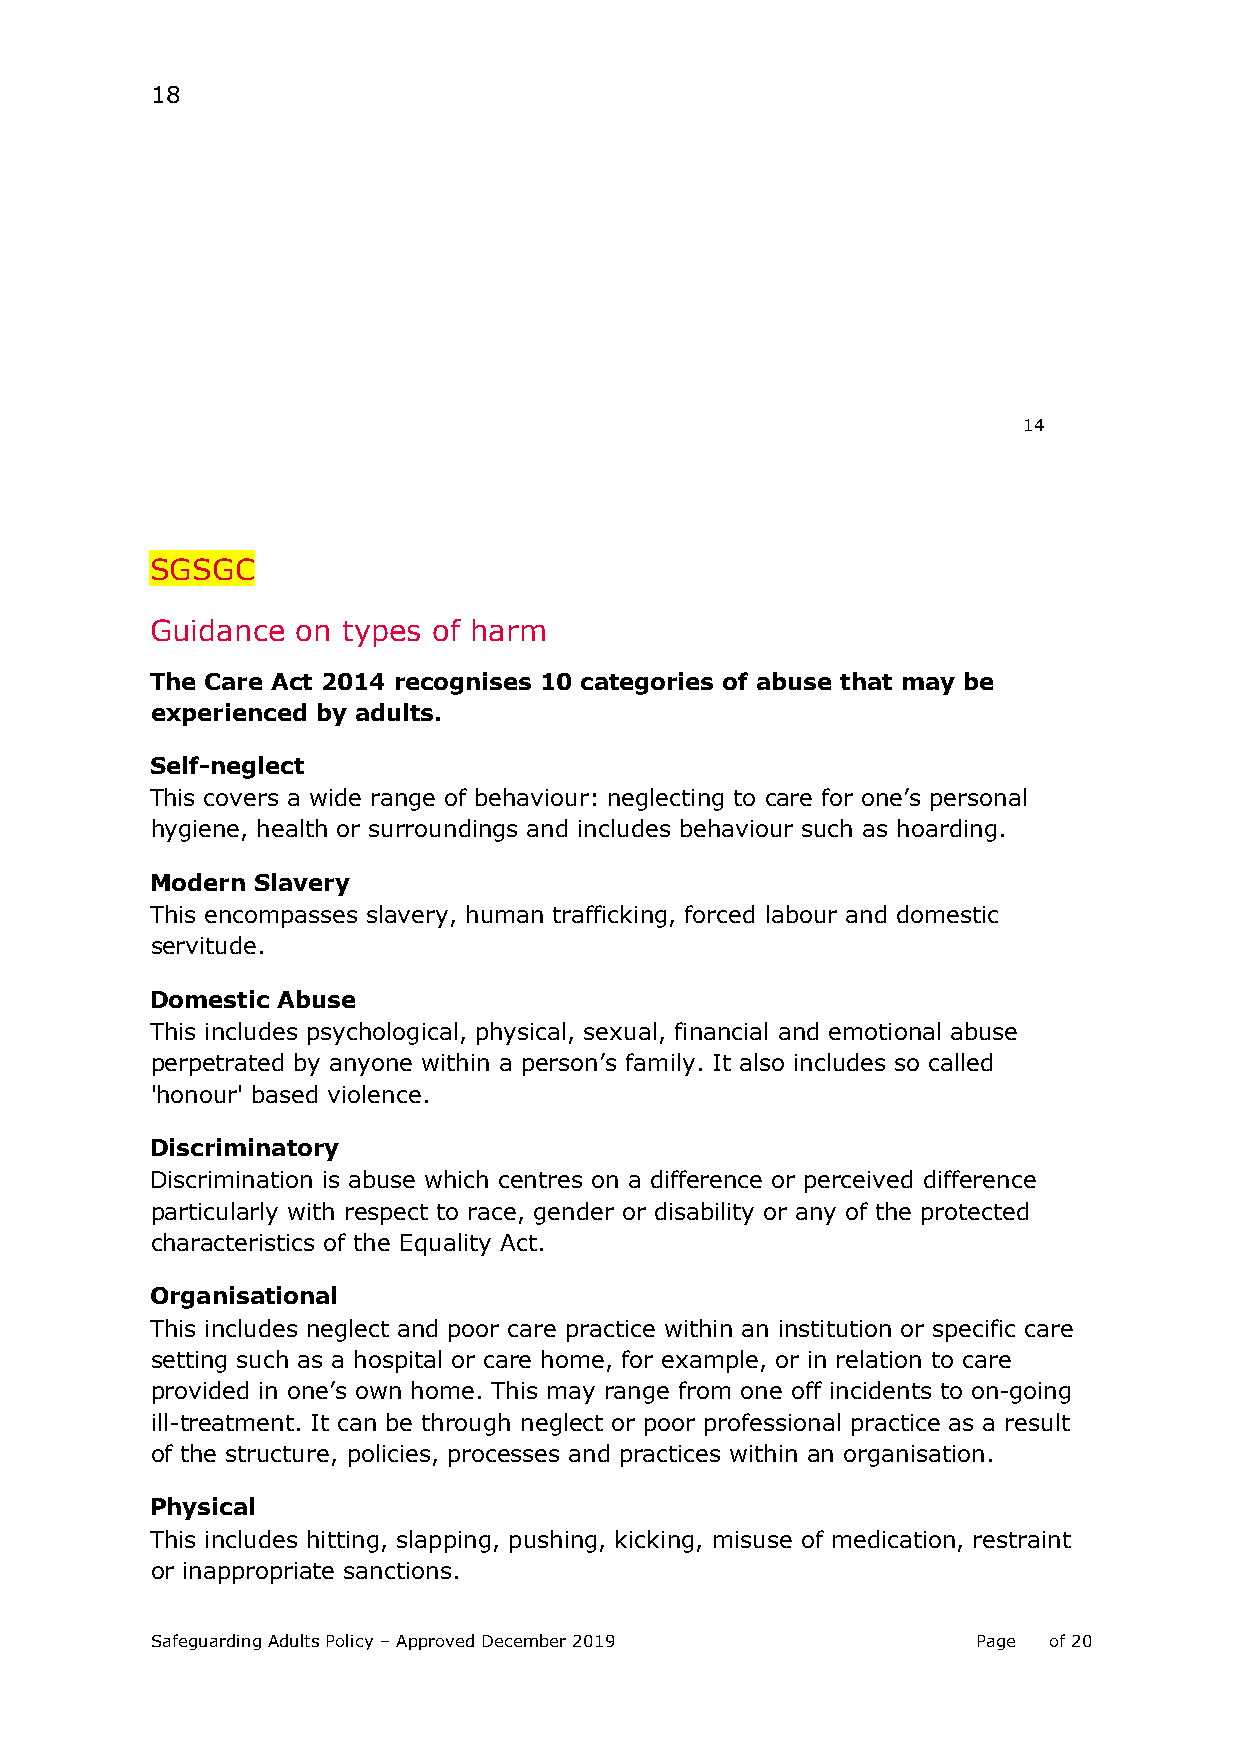
18
 14
 SGSGC
 Guidance  on types of harm
 The Care Act 2014 recognises 10 categories of abuse that may be
 experienced by adults.
 Self-neglect
 This covers a wide range of behaviour: neglecting to care for one’s personal
 hygiene, health or surroundings and includes behaviour such as hoarding.
 Modern Slavery
 This encompasses slavery, human trafficking, forced labour and domestic
 servitude.
 Domestic Abuse
 This includes psychological, physical, sexual, financial and emotional abuse
 perpetrated by anyone within a person’s family. It also includes so called
 'honour' based violence.
 Discriminatory
 Discrimination is abuse which centres on a difference or perceived difference
 particularly with respect to race, gender or disability or any of the protected
 characteristics of the Equality Act.
 Organisational
 This includes neglect and poor care practice within an institution or specific care
 setting such as a hospital or care home, for example, or in relation to care
 provided in one’s own home. This may range from one off incidents to on-going
 ill-treatment. It can be through neglect or poor professional practice as a result
 of the structure, policies, processes and practices within an organisation.
 Physical
 This includes hitting, slapping, pushing, kicking, misuse of medication, restraint
 or inappropriate sanctions.
 Safeguarding Adults Policy – Approved December 2019    Page of 20